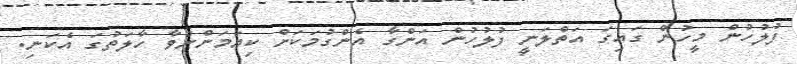
ފުލުހުން މީހުން ގައިގަ އަތްލަނީ ފުލުހުން އަންގާ އެންގުމަކަށް ކިޔަމަންނުވާ ހާލަތުގަ އެކަނި.